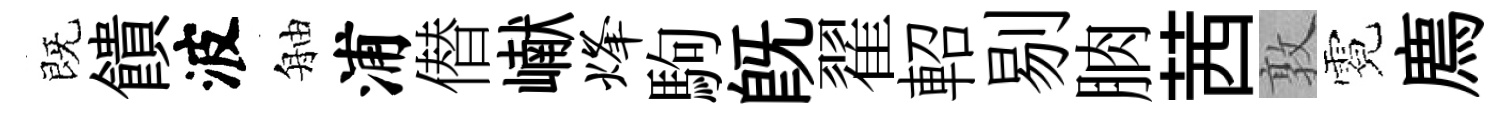
既饋波舳浦僣𪩘烽駒旣翟軺剔朒茜敦霓廌